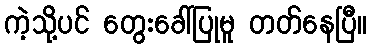
ကဲ့သို့ပင် တွေးခေါ်ပြုမူ တတ်နေပြီ။